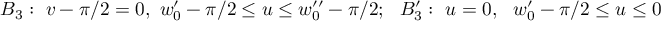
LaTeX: B _ { 3 } : ~ v - \pi / 2 = 0 , ~ w _ { 0 } ^ { \prime } - \pi / 2 \leq u \leq w _ { 0 } ^ { \prime \prime } - \pi / 2 ; ~ ~ B _ { 3 } ^ { \prime } : ~ u = 0 , ~ ~ w _ { 0 } ^ { \prime } - \pi / 2 \leq u \leq 0